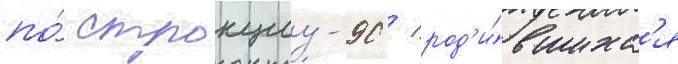
по́ стронциу-90 / род'и́вшихс'я